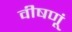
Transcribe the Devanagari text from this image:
वीषणूं